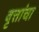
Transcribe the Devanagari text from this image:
वृत्तांचा